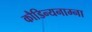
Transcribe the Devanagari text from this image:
कौडिन्यनाम्ना